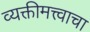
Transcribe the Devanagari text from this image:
व्यक्तीमत्त्वाचा